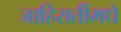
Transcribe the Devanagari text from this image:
जाहिरातींमधे